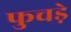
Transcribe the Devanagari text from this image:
फुचड़े